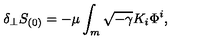
\delta _ { \perp } S _ { ( 0 ) } = - \mu \int _ { m } \sqrt { - \gamma } K _ { i } \Phi ^ { i } ,